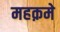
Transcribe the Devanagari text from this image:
महक़मे